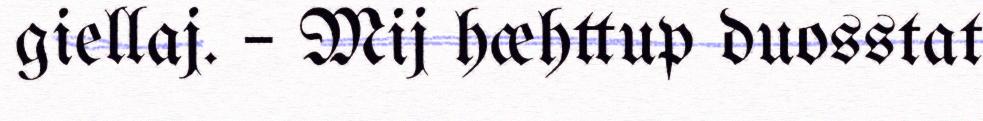
giellaj. – Mij hæhttup duosstat